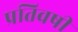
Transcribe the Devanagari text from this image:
प्रतिवषी